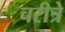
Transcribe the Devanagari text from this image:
चरीत्रे